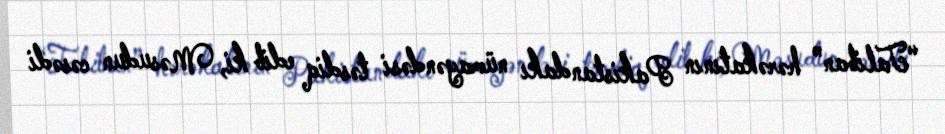
“Taliban” hərəkatının Pakistandakı nümayəndəsi təsdiq edib ki, Məsudun cəsədi